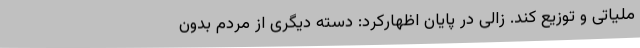
ملیاتی و توزیع کند. زالی در پایان اظهارکرد: دسته دیگری از مردم بدون